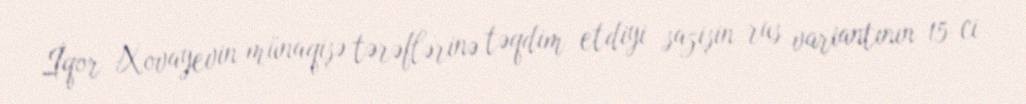
İqor Xovayevin münaqişə tərəflərinə təqdim etdiyi sazişin rus variantının 15-ci